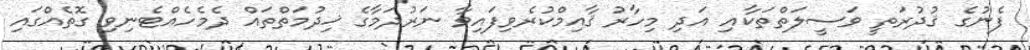
ފެނުގެ ޤުދުރަތީ ވަސީލަތްތަކާއި އަދި މިހާރު ޤާއިމްކުރެވިފައިވާ ނަރުދަމާގެ ޚިދުމަތްތައް ދެމެހެއްޓެނިވި ގޮތެއްގައި